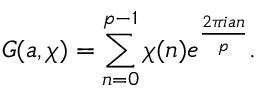
G ( a , \chi ) = \sum _ { n = 0 } ^ { p - 1 } \chi ( n ) e ^ { \frac { 2 \pi i a n } { p } } .